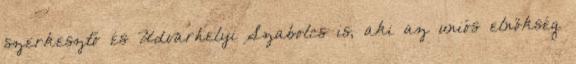
szerkesztő és Udvarhelyi Szabolcs is, aki az uniós elnökség